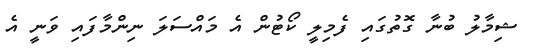
ޝިމާލު ބުނާ ގޮތުގައި ފެމިލީ ކޯޓުން އެ މައްސަލަ ނިންމާފައި ވަނީ އެ